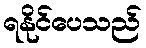
ရနိုင်ပေသည်